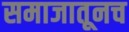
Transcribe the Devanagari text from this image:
समाजातूनच